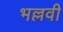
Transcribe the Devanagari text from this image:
भल्लवी